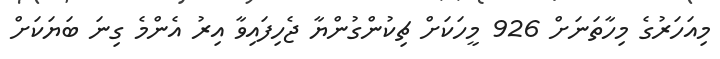
މިއަހަރުގެ މިހާތަނަށް 926 މީހަކަށް ޗިކުންގުންޔާ ޖެހިފައިވާ އިރު އެންމެ ގިނަ ބަޔަކަށް